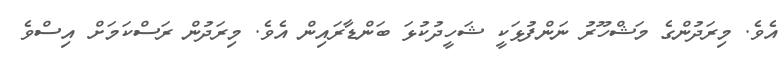
އެވެ. މިރަދުންގެ މަޝްހޫރު ނަންފުޅަކީ ޝަހީދުކުޅަ ބަންޑާރައިން އެވެ. މިރަދުން ރަސްކަމަށް އިސްވެ